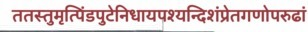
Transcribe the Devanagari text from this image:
ततस्तुमृत्पिंडपुटेनिधायपश्यन्दिशंप्रेतगणोपरुढां